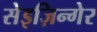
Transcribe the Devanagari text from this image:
सेइज़िन्गेर